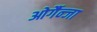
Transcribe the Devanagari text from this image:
ओर्गैन्जा